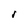
Character: v